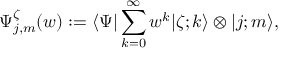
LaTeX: \Psi _ { j , m } ^ { \zeta } ( w ) : = \langle \Psi \vert \sum _ { k = 0 } ^ { \infty } w ^ { k } \vert \zeta ; k \rangle \otimes \vert j ; m \rangle ,